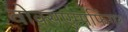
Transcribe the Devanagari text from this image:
वोक्सएम्पफिंगर